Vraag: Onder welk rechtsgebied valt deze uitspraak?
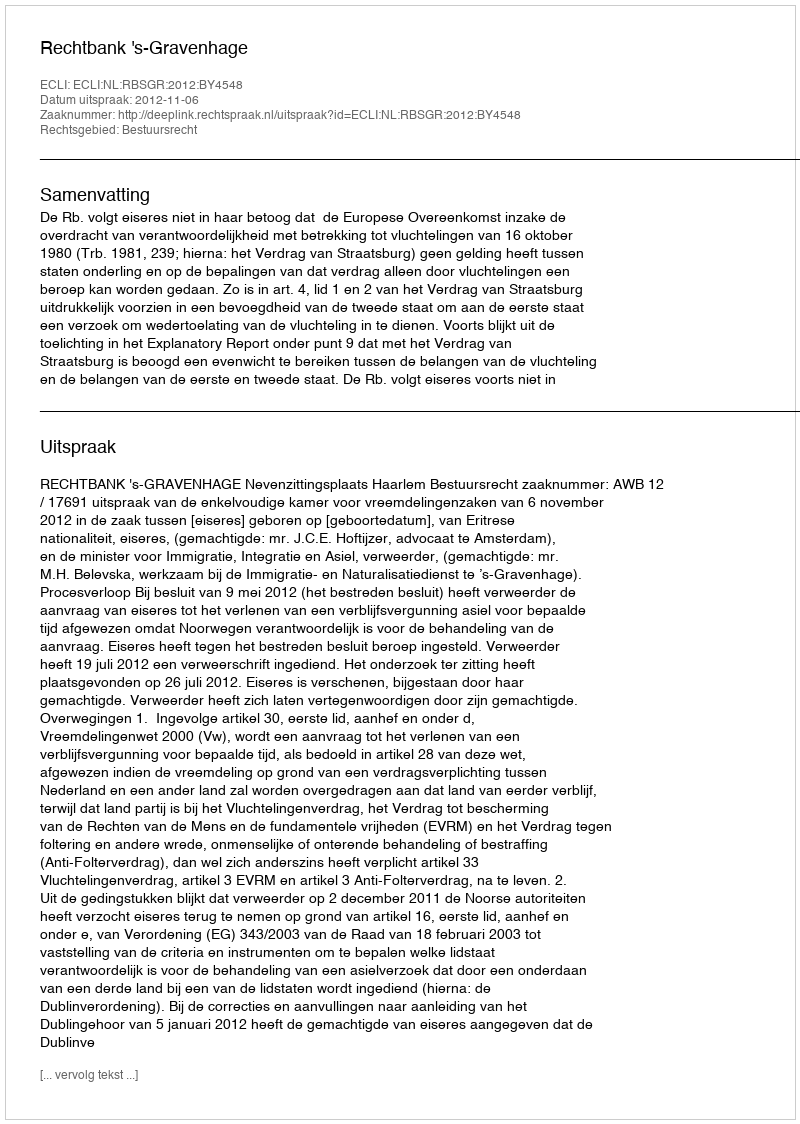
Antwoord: Bestuursrecht